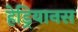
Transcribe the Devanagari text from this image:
हेड्रियानस